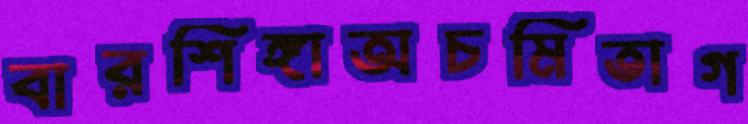
বারশিঙ্গাঅচমিতাগ